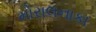
મોરાલનાકા